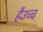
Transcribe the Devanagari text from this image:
हैउच्च